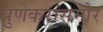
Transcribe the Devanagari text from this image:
पुणेकरांसमोर